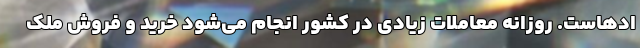
ادهاست. روزانه معاملات زیادی در کشور انجام می‌شود خرید و فروش ملک